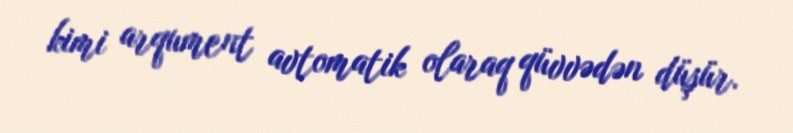
kimi arqument avtomatik olaraq qüvvədən düşür.